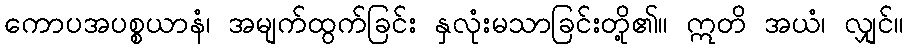
ကောပအပစ္စယာနံ၊ အမျက်ထွက်ခြင်း နှလုံးမသာခြင်းတို့၏။ ဣတိ အယံ၊ လျှင်။